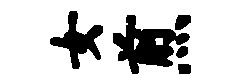
女煎